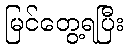
မြင်တွေ့ရပြီး